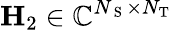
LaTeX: \mathbf{H}_{2}\in\mathbb{C}^{N_{\mathrm{~S~}}\times N_{\mathrm{T}}}